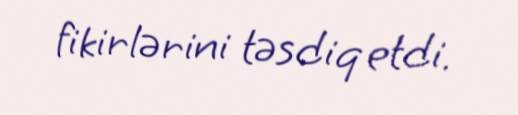
fikirlərini təsdiq etdi.